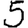
Digit: 5